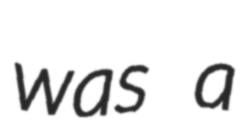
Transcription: was a